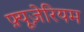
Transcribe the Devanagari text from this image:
फ़्यूज़ेरियम